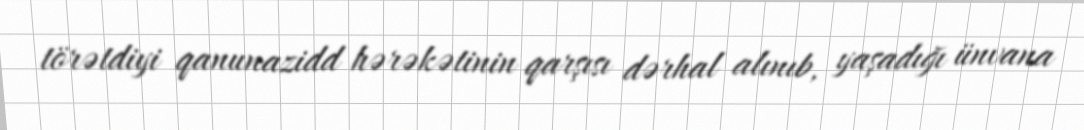
törətdiyi qanunazidd hərəkətinin qarşısı dərhal alınıb, yaşadığı ünvana